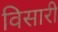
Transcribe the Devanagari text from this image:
विसारी